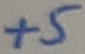
Text: +5